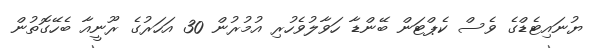
ޔުނައިޓެޑްގެ ވެސް ކެޕްޓަން ބޭންޑާ ހަވާލުވެހުރި އުމުރުން 30 އަހަރުގެ ރޫނީއާ ބެހޭގޮތުން